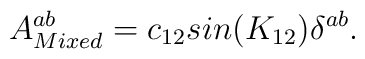
A^{a b}_{Mixed} = c_{12}sin(K_{12})\delta^{ab}.